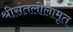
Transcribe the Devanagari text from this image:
श्रीसंतलीलामृत